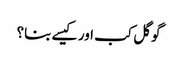
گوگل کب اور کیسے بنا؟